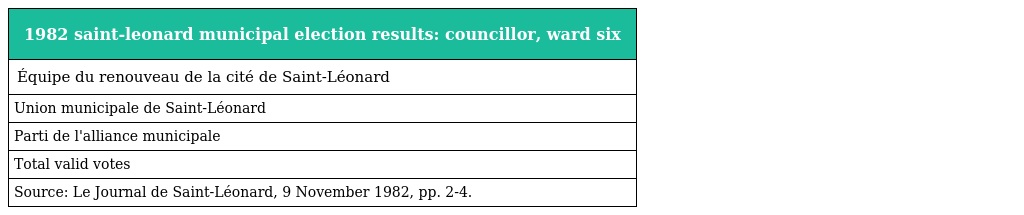
| 1982 saint-leonard municipal election results: councillor, ward six |
 | --- |
 | Équipe du renouveau de la cité de Saint-Léonard |
 | Union municipale de Saint-Léonard |
 | Parti de l'alliance municipale |
 | Total valid votes |
 | Source: Le Journal de Saint-Léonard, 9 November 1982, pp. 2-4. |